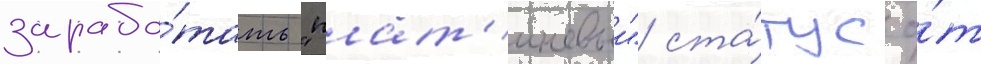
зарабо́тать "плат'иновыи" ста́тус о́т